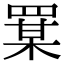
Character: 𦋡